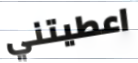
اعطيتني